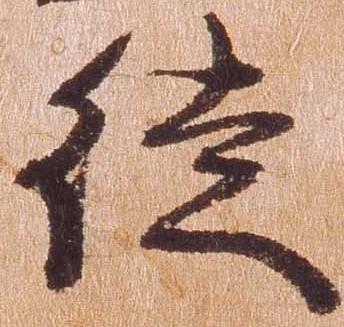
徒